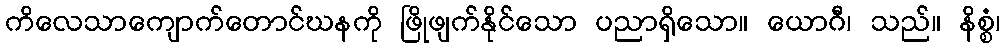
ကိလေသာကျောက်တောင်ဃနကို ဖြိုဖျက်နိုင်သော ပညာရှိသော။ ယောဂီ၊ သည်။ နိစ္စံ၊